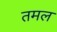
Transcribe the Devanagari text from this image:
तमल